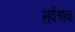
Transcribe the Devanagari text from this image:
सर्वेश्रावा